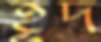
হূদ